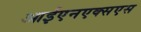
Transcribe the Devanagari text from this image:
आईएनएक्सएस